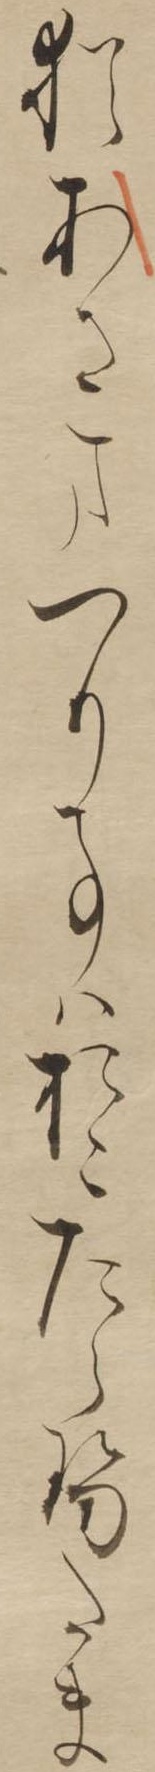
猶あさまつり事はおこたらせたま